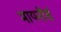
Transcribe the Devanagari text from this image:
मायनॉर्स